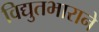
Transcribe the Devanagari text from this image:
विद्युतभाराने